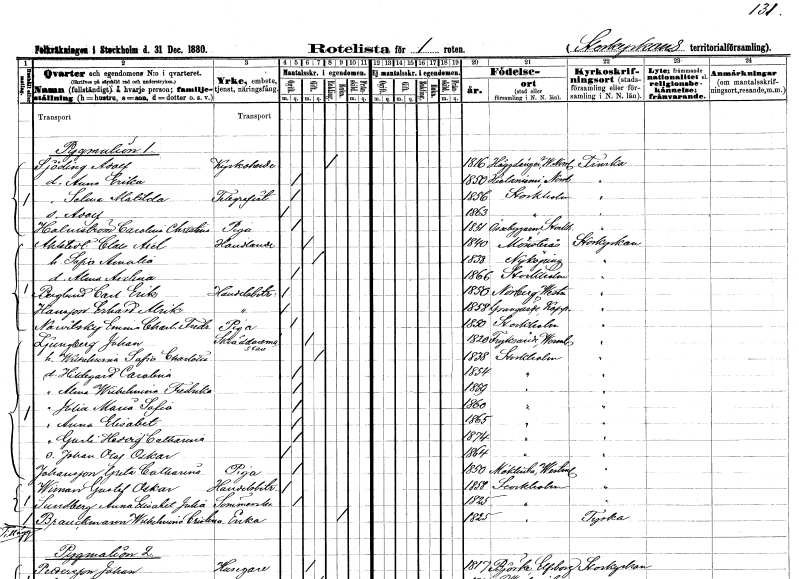
gt_parse: households: individuals: FN: Adolf
EN: Sjöding
YRKE: Kyrkoherde
KON: M
CIV: E
FODAR: 1816
FODFORS: Häggdånger Västernorrlands län
FN: Anna Erika
KON: K
CIV: O
FODAR: 1850
FODFORS: Hietaniemi Norrbottens län
FN: Selma Matilda
YRKE: Telegrafist
KON: K
CIV: O
FODAR: 1856
FODFORS: Stockholm
FN: Adolf
KON: M
CIV: O
FODAR: 1863
FODFORS: Stockholm
FN: Carolina Christina
EN: Holmström
YRKE: Piga
KON: K
CIV: O
FODAR: 1851
FODFORS: Össeby-Garn Stockholms län
FN: Claes Axel
EN: Ahlstedt
YRKE: Handlande
KON: M
CIV: G
FODAR: 1840
FODFORS: Mönsterås Kalmar län
FN: Sofia Amalia
KON: K
CIV: G
FODAR: 1838
FODFORS: Nyköping Södermanlands län
FN: Alma Axelina
KON: K
CIV: O
FODAR: 1866
FODFORS: Stockholm
FN: Carl Erik
EN: Berglund
YRKE: Handelsbiträde
KON: M
CIV: O
FODAR: 1850
FODFORS: Norberg Västmanlands län
FN: Erhard Alrik
EN: Hansson
YRKE: Handelsbiträde
KON: M
CIV: O
FODAR: 1858
FODFORS: Grangärde Kopparbergs län
FN: Emma Charlotta Fredrika
EN: Nawitsky
YRKE: Piga
KON: K
CIV: O
FODAR: 1850
FODFORS: Stockholm
FN: Johan
EN: Ljungberg
YRKE: Skräddarmästare
KON: M
CIV: G
FODAR: 1850
FODFORS: Fryksände Värmlands län
FN: Wilhelmina Sofia Charlotta
KON: K
CIV: G
FODAR: 1838
FODFORS: Stockholm
FN: Hildegard Carolina
KON: K
CIV: O
FODAR: 1854
FODFORS: Stockholm
FN: Alma Wilhelmina Fredrika
KON: K
CIV: O
FODAR: 1859
FODFORS: Stockholm
FN: Julia Maria Sofia
KON: K
CIV: O
FODAR: 1860
FODFORS: Stockholm
FN: Anna Elisabet
KON: K
CIV: O
FODAR: 1865
FODFORS: Stockholm
FN: Gurli Hedvig Catharina
KON: K
CIV: O
FODAR: 1874
FODFORS: Stockholm
FN: Johan Olof Oskar
KON: M
CIV: O
FODAR: 1864
FODFORS: Stockholm
FN: Greta Catharina
EN: Johansson
YRKE: Piga
KON: K
CIV: O
FODAR: 1850
FODFORS: Möklinta Västmanlands län
FN: Gustaf Oskar
EN: Wiman
YRKE: Handelsbiträde
KON: M
CIV: O
FODAR: 1858
FODFORS: Stockholm
FN: Anna Elisabet Julia
EN: Sundberg
YRKE: Sömmerska
KON: K
CIV: O
FODAR: 1825
FODFORS: Stockholm
FN: Wilhelmina Christina
EN: Brauckmann
YRKE: Änka
KON: K
CIV: E
FODAR: 1825
FODFORS: Stockholm